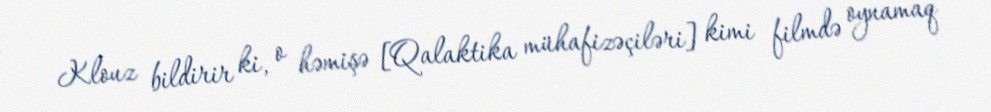
Klouz bildirir ki, o həmişə [Qalaktika mühafizəçiləri] kimi filmdə oynamaq